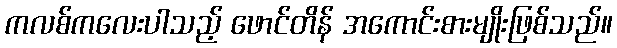
ကလစ်ကလေးပါသည့် ဖောင်တိန် အကောင်းစားမျိုးဖြစ်သည်။